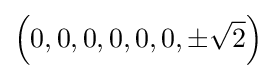
\left(0,0,0,0,0,0,\pm {\sqrt {2}}\right)